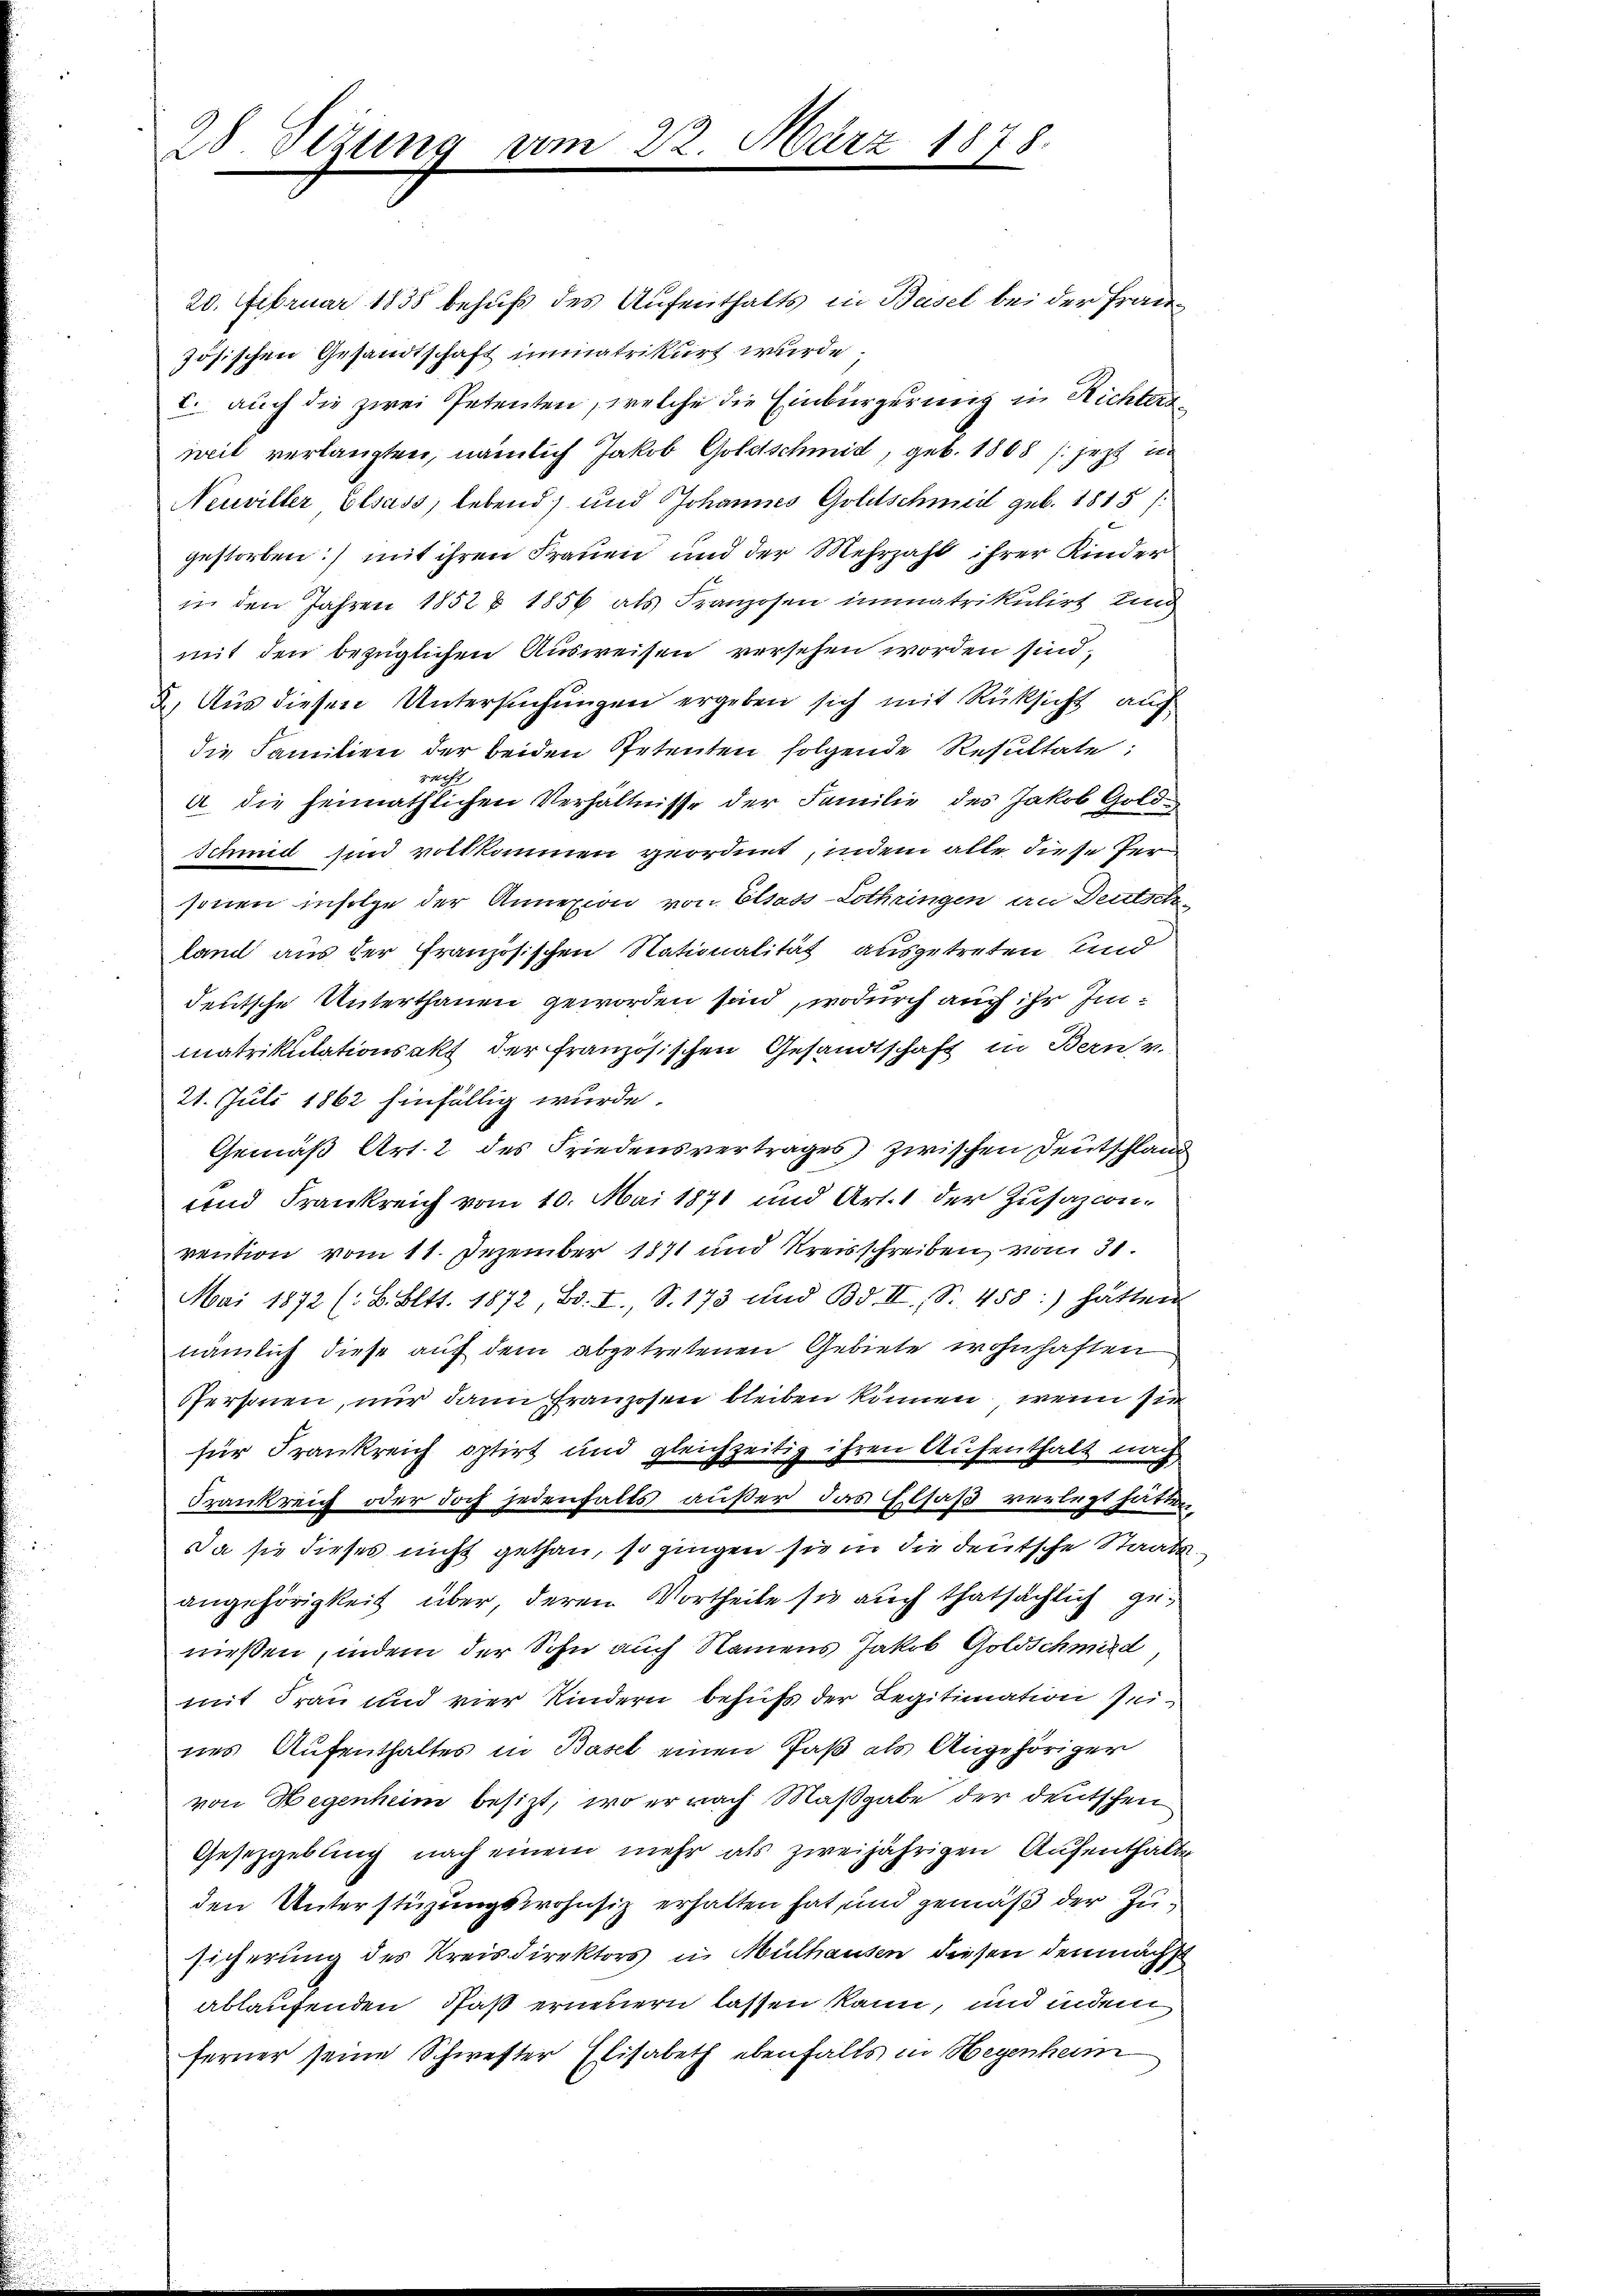
28. Sezung

3 März

1878.

20. Februar 1838 behufs des Aufenthalts in Basel bei der Französischen Gesandtschaft immatrikirt wurde
c. auch die zwei Petenten, welche die Einbürgerung in Richtersweil verlangten, nämlich Jakob Goldschmid, geb. 1888 / jezt in
Neuviller Elsass, lebend) und Johannes Goldschmeil geb. 1815/
gestorben) mit ihren Frauen und der Mehrzahl ihrer Kinder
in den Jahren 1852 & 1856 als Franzosen immatrikulirt und
mit den bezüglichen Ausweisen versehen worden sind,
2. Aus diesen Untersuchungen ergeben sich mit Rüksicht auch
die Familien der beiden Petenten folgende Resultate;
recht
a die heimathlichen Verhältnisse der Familie des Jakob Gold¬
Schmid zum rotkommen geordnet, indem alle diese Per-
sonen infolge der Annexion von Elsass-Lothringen an Deutschland aus der Französischen Nationalität ausgetreten und
deutsche Unterthanen geworden sind, wodurch auch ihr Inmatrikulationsakt der französischen Gesandtschaft in Bern v.
21. Juli 1862 hinfällig wurde.
Gemäß Art. 2 des Friedensvertrages) zwischen Deutschland
und Frankreich vom 10. Mai 1871 und Art. 1 der Zusazconvention vom 11. Dezember 1871 und Kreisschreiben, vom 31.
Mai 1872 (B. Bett. 1872, Bd. I., S. 173 und Bd. II., S. 458:) hätten
nämlich diese auf dem abgetretenen Gebiete wohnhaften
Personen, nur dann franzosen bleiben können, wenn sie
für Frankreich optirt und gleichzeitig ihren Aufenthalt nach
Frankreich oder doch jedenfalls außer das Elsaß verlegt hätten
Da sie dieses nicht gethan, so gingen sie in die deutsche Staatsangehörigkeit über, deren Vortheile sie auch thatsächlich genießen, indem der Sohn auch Namens Jakob Goldschmid
mit Frau und vier Kindern behufs der Legitimation seines Aufenthaltes in Basel einen Paß als Angehöriger
von Wegenheim besizt, wo er nach Maßgabe der deutschen
Gesetzgebung nach einem mehr als zweijährigen Aufenthalte
den Unterstüzungswohnsiz erhalten hat und gemäß der Zusicherung des Kreisdirektors in Mülhausen diesen demnächst
ablaufenden Paß erneuern lassen kann, und indem
ferner seine Schwester Elisabeth ebenfalls in Wegenheim